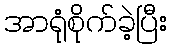
အာရုံစိုက်ခဲ့ပြီး